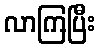
လာကြပြီး